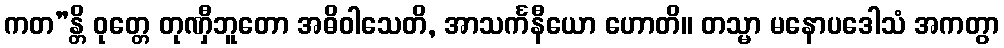
ကတ”န္တိ ဝုတ္တေ တုဏှီဘူတော အဓိဝါသေတိ, အာသင်္ကနီယော ဟောတိ။ တသ္မာ မနောပဒေါသံ အကတွာ